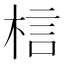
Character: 𭪐